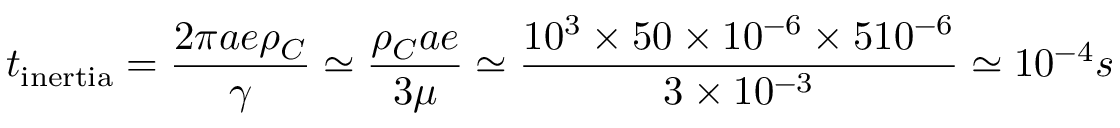
t _ { \mathrm { i n e r t i a } } = \frac { 2 \pi a e \rho _ { C } } { \gamma } \simeq \frac { \rho _ { C } a e } { 3 \mu } \simeq \frac { 1 0 ^ { 3 } \times 5 0 \times 1 0 ^ { - 6 } \times 5 1 0 ^ { - 6 } } { 3 \times 1 0 ^ { - 3 } } \simeq 1 0 ^ { - 4 } s